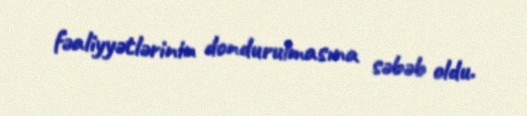
fəaliyyətlərinin dondurulmasına səbəb oldu.